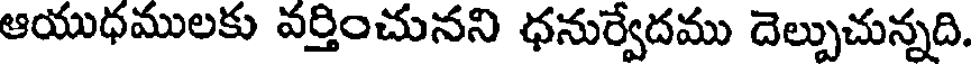
ఆయుధములకు వర్తించునని ధనుర్వేదము దెల్పుచున్నది.